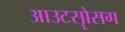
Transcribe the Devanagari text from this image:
आउटसोॄसग